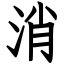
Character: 消